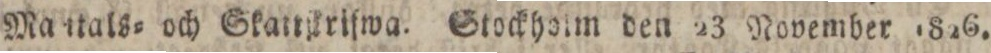
Mattals= och Skattjkriſwa. Stockholm den 23 November 1826.